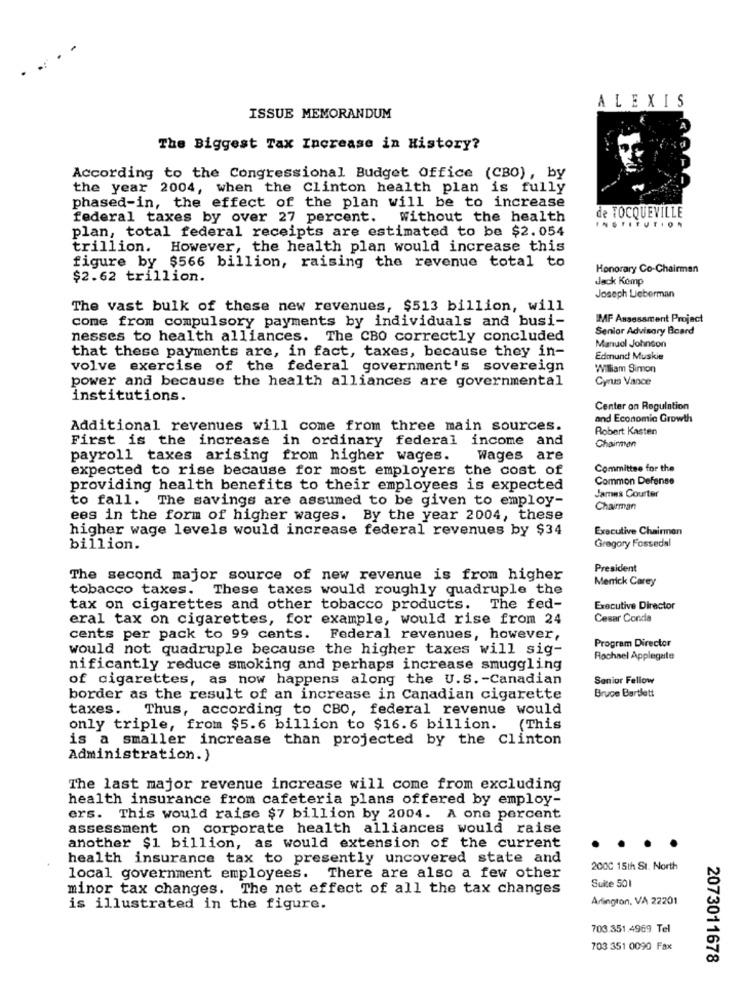
ALEXIS
ISSUE MEMORANDUM
The Biggest Tax Increase in History?
According to the Congressional Budget Office (CBO), by
the year 2004, when the Clinton health plan is fully
phased-in, the effect of the plan will be to increase
federal taxes by over 27 percent.
Without the health
de TOCQUEVILLE
plan, total federal receipts are estimated to be $2.054
INSTITUTION
trillion. However, the health plan would increase this
figure by $566 billion, raising the revenue total to
Honorary Co-Chairman
$2.62 trillion.
Jack Kemp
Joseph Lieberman
The vast bulk of these new revenues, $513 billion, will
come from compulsory payments by individuals and busi-
IMF Assessment Project
Senior Advisory Board
nesses to health alliances. The CBO correctly concluded
Manuel Johnson
that these payments are, in fact, taxes, because they in-
Edmund Muskie
volve exercise of the federal government's sovereign
William Simon
power and because the health alliances are governmental
Cyrus Vance
institutions.
Center on Regulation
and Economic Growth
Additional revenues will come from three main sources.
Robert Kasten
First is the increase in ordinary federal income and
Chairman
payroll taxes arising from higher wages.
Wages are
expected to rise because for most employers the cost of
Committee for the
Common Defense
providing health benefits to their employees is expected
to fall. The savings are assumed to be given to employ-
James Courter
Chairman
ees in the form of higher wages. By the year 2004, these
higher wage levels would increase federal revenues by $34
Executive Chairman
billion.
Gregory Fossedal
President
The second major source of new revenue is from higher
Merrick Carey
tobacco taxes. These taxes would roughly quadruple the
tax on cigarettes and other tobacco products. The fed-
Executive Director
eral tax on cigarettes, for example, would rise from 24
Cesar Conda
cents per pack to 99 cents. Federal revenues, however,
would not quadruple because the higher taxes will sig-
Program Director
Rachael Applegate
nificantly reduce smoking and perhaps increase smuggling
of cigarettes, as now happens along the U.S. - Canadian
Senior Fellow
border as the result of an increase in Canadian cigarette
Bruce Bartlett
taxes.
Thus, according to CBO, federal revenue would
only triple, from $5.6 billion to $16.6 billion. (This
is a smaller increase than projected by the Clinton
Administration.)
The last major revenue increase will come from excluding
health insurance from cafeteria plans offered by employ-
ers. This would raise $7 billion by 2004. A one percent
assessment on corporate health alliances would raise
another $1 billion, as would extension of the current
health insurance tax to presently uncovered state and
2000 15th St. North
local government employees. There are also a few other
minor tax changes. The net effect of all the tax changes
Suite 501
Arlington, VA 22201
is illustrated in the figure.
703.351.4969 Tel
703 351 0090 Fax
2073011678